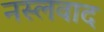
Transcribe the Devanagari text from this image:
नस्‍लवाद